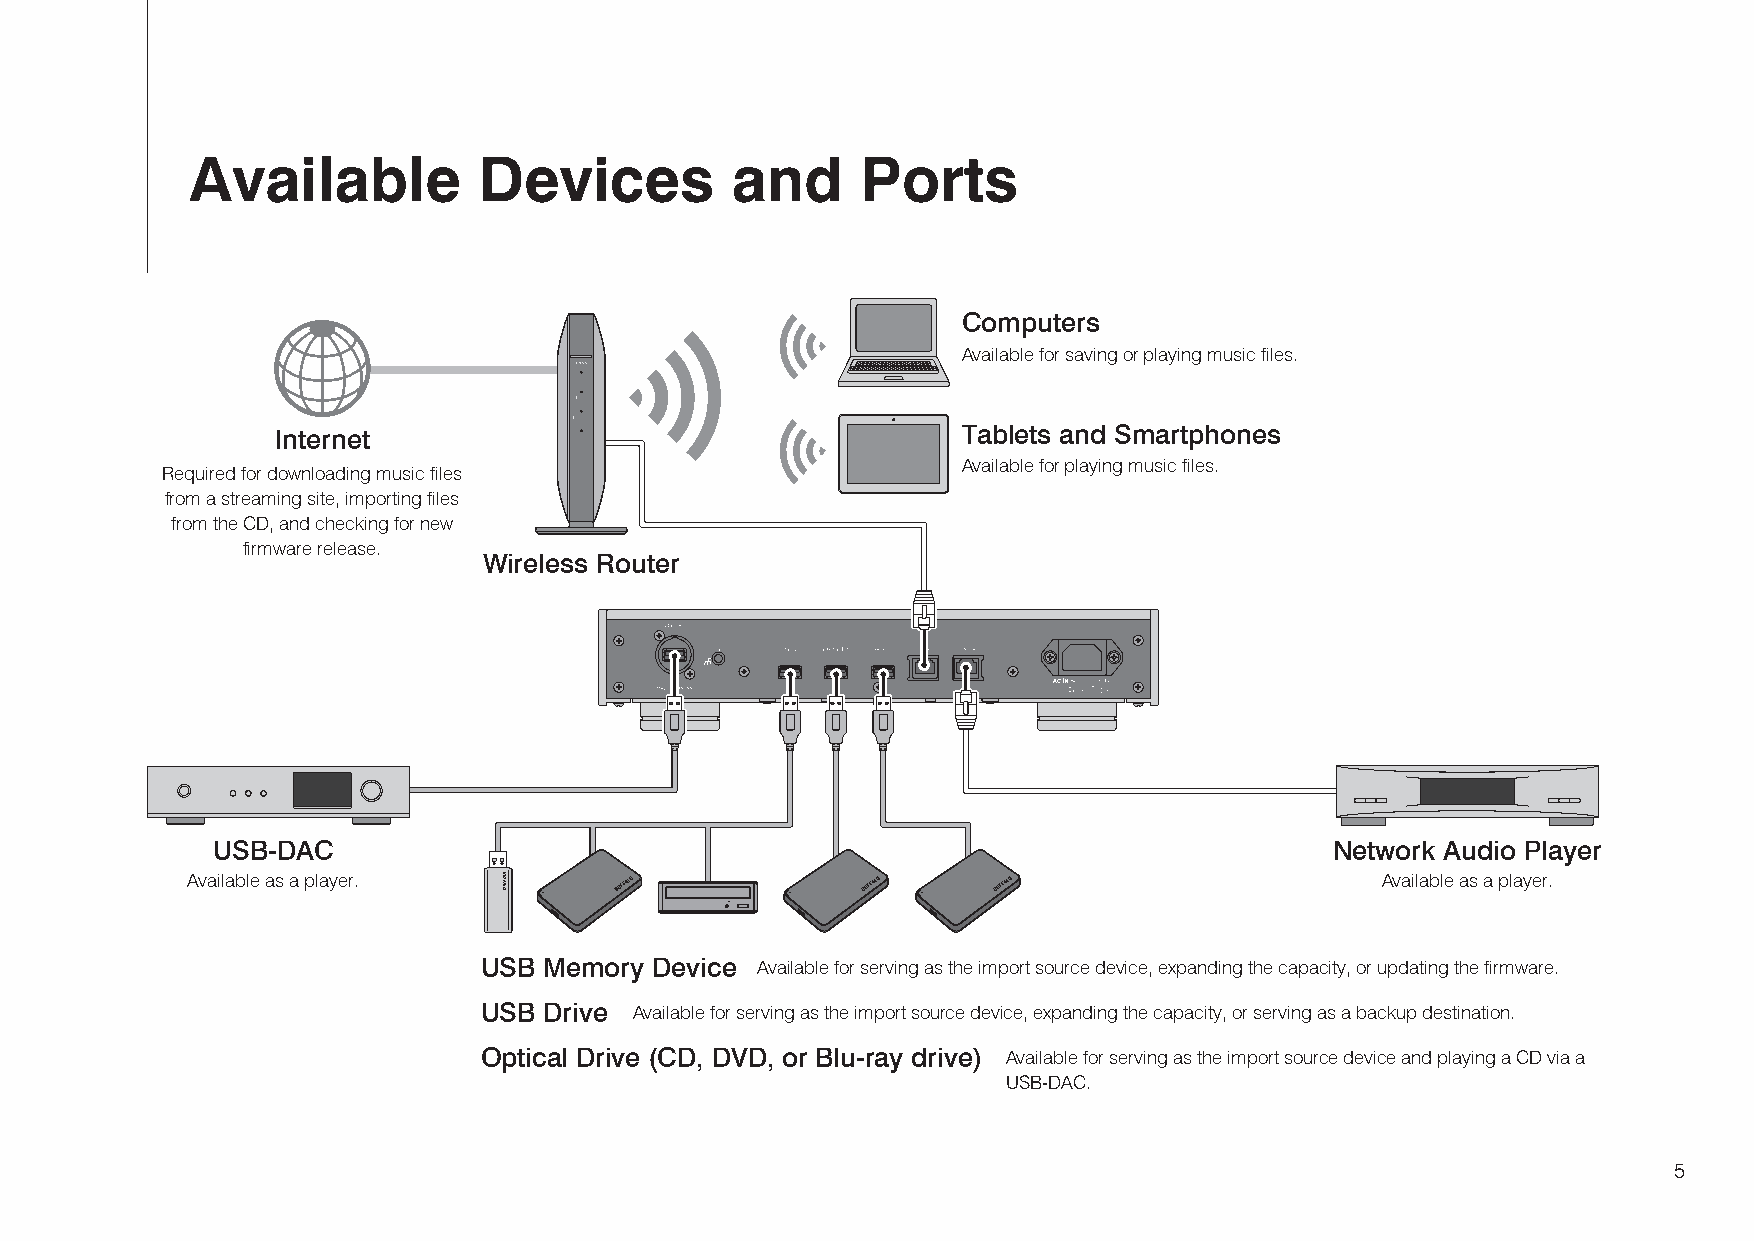
Available          Devices         and      Ports
 Computers
 Available for saving or playing music files.
 Internet                                      Tablets and Smartphones
 Available for playing music files.
 Required for downloading music files
 from a streaming site, importing files
 from the CD, and checking for new
 firmware release.
 Wireless Router
 USB-DAC                                                                   Network Audio Player
 Available as a player.                                                         Available as a player.
 USB Memory Device Available for serving as the import source device, expanding the capacity, or updating the firmware.
 USB Drive Available for serving as the import source device, expanding the capacity, or serving as a backup destination.
 Optical Drive (CD, DVD, or Blu-ray drive) Available for serving as the import source device and playing a CD via a
 USB-DAC.
 5